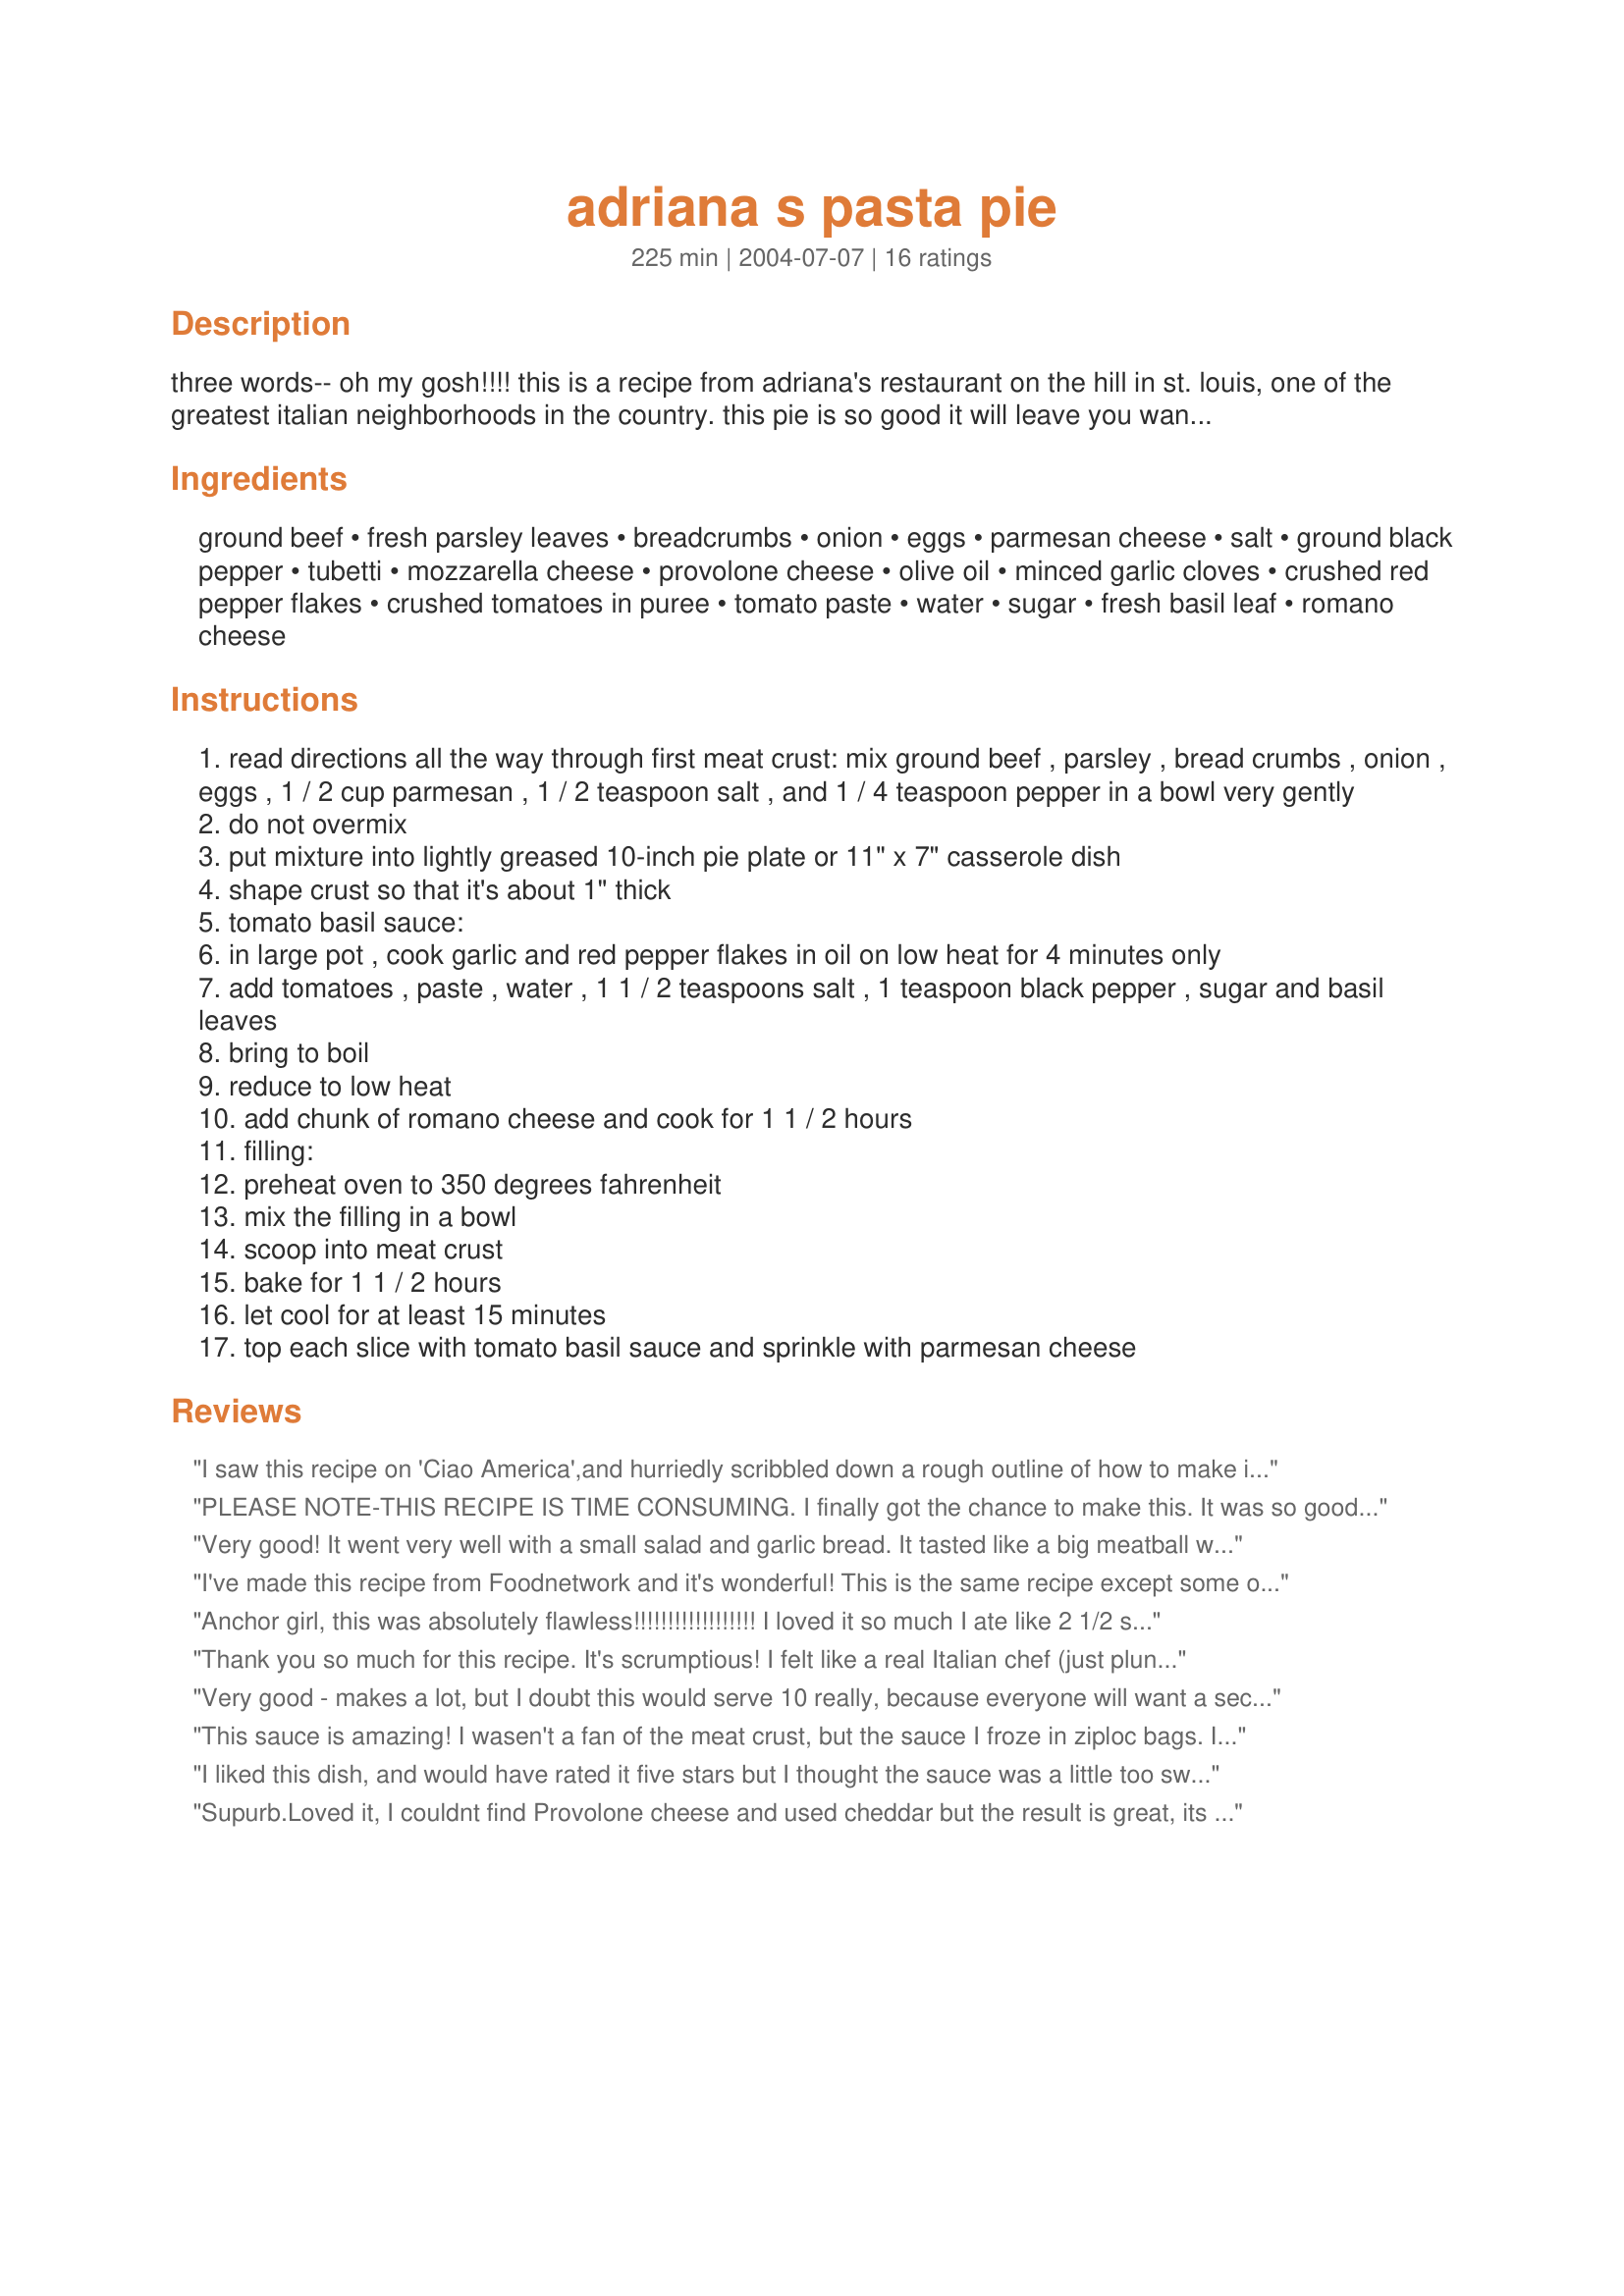
adriana s pasta pie
Preparation time: 225 minutes

three words-- oh my gosh!!!! this is a recipe from adriana's restaurant on the hill in st. louis, one of the greatest italian neighborhoods in the country. this pie is so good it will leave you wanting more, even when you're full. it makes a lot of extra sauce for you to save and use as you wish. i also make this ahead by only baking it for 15 minutes at first, then freezing it and baking it for an hour at a later time. can you say "meat crust?" you will from now on... p.s. a reviewer says the recipe also appears on foodtv.com with slight variations.

Ingredients:
ground beef, fresh parsley leaves, breadcrumbs, onion, eggs, parmesan cheese, salt, ground black pepper, tubetti, mozzarella cheese, provolone cheese, olive oil, minced garlic cloves, crushed red pepper flakes, crushed tomatoes in puree, tomato paste, water, sugar, fresh basil leaf, romano cheese

Steps:
read directions all the way through first meat crust: mix ground beef , parsley , bread crumbs , onion , eggs , 1 / 2 cup parmesan , 1 / 2 teaspoon salt , and 1 / 4 teaspoon pepper in a bowl very gently
do not overmix
put mixture into lightly greased 10-inch pie plate or 11" x 7" casserole dish
shape crust so that it's about 1" thick
tomato basil sauce:
in large pot , cook garlic and red pepper flakes in oil on low heat for 4 minutes only
add tomatoes , paste , water , 1 1 / 2 teaspoons salt , 1 teaspoon black pepper , sugar and basil leaves
bring to boil
reduce to low heat
add chunk of romano cheese and cook for 1 1 / 2 hours
filling:
preheat oven to 350 degrees fahrenheit
mix the filling in a bowl
scoop into meat crust
bake for 1 1 / 2 hours
let cool for at least 15 minutes
top each slice with tomato basil sauce and sprinkle with parmesan cheese

Reviews:
I saw this recipe on 'Ciao America',and hurriedly scribbled down a rough outline of how to make it,so I was delighted to find it posted on Zaar.I cut the recipe in half,as I feared that it would be way too much for two adults and two very small children.It made loads of sauce(so easy to make,although I recommend that you don't actually throw in a large lump of cheese-mine didn't melt very well) .Like others before me I halved the amount of sugar and it was perfect.I also added about 1/2 -1 tsp of bicarbonate of soda to the sauce to take the sting out of the tomatoes (a good trick I learnt here on Zaar). I froze the remainder of mine in little tubs,which has been so useful for a quick meal,and the children are loving it!! The pie itself is quite fantastic.I froze mine for a later date,then defrosted and baked it with no problems whatsoever.I did have to extend the cooking time though,as my crust wasn't quite cooked through.This is a GREAT recipe,and one that I will be using again and again and again....many thanks for sharing,you are a top girl!
PLEASE NOTE-THIS RECIPE IS TIME CONSUMING. I finally got the chance to make this. It was so good. I cut the sauce in half. This is one of the best tomato sauces I have ever made. My DH rarely comments on anything and he said the sauce was great. I did cut the sugar in half. It was still sweet so I may decrease it even more. I used dry parsley. I am from St. Louis and this is St. Louis pasta. I miss the good ole fattening pasta you need every once in awhile. I have very little leftovers. I will definitely make this again. The only thing I would change is to add more garlic.
Very good! It went very well with a small salad and garlic bread. It tasted like a big meatball with marinara sauce and cheesy pasta. I cut back on the sugar, and I used tiny sea shells. I made half the of the sauce recipe and still had plenty left over. I froze the remainder sauce. I also covered the pie with foil for the first half hour so the cheese and shells would not dry out and burn. Then I removed the foil for the rest of the baking time. I baked it for 1 hour and 15 minutes. I think next time I will just lower the oven temp to 325 degrees and bake it for 1 hour and 30 minutes then I won't have to cover the pasta pie. No way will this amount fit into a 10 inch pie plate! I put mine into a 13 inch pie plate and there was still plenty! I think next time I will put it into 2 pie plates, freezing one of them.
I've made this recipe from Foodnetwork and it's wonderful! This is the same recipe except some of the measurements of ingredients and cooking time have been changed. I don't know how this recipe will be affected with the changes, but the one from Foodnetwork is delicious!
Anchor girl, this was absolutely flawless!!!!!!!!!!!!!!!!!! I loved it so much I ate like 2 1/2 servings! Me and my mom made this toninght & couldn't stop eating it! We did make a coulple of changes. I accidently added the garlic to the meat crust but I still added garlic to the sauce & it was still so good! We only added 1/2 cup sugar to the sauce for fear of it being to sweet. It was almost to sweet, but just right. No way was it going to fit in our 11x7 dish so we used a much larger dish. It only cooked 1 hour 15 minutes & it was just right. There is a lot of sauce, so maybe we will put in on spaghetti or something...... ;-) Once again, thanks so much for posting, definetely a keeper! :-)
Thank you so much for this recipe. It's scrumptious! I felt like a real Italian chef (just plunking a chunk of rich provolone right in the sauce, etc.) I wish I'd read the review about covering the top, because the cheese did burn somewhat by the end of the cooktime, but just made the whole thing more rustic! One suggestion about the time of preparation--despite the caution to read the whole thing through, I didn't allow enough time (or we would have been eating at midnight!), so I cooked the sauce about 20 minutes, and spooned the 2 cups into the dish and put it in the oven. By the time the dish was done, the remainder of the sauce had slow cooked the way it was supposed to, and spooning it on top was just the heavenliest flavor. Maybe it's better with the whole time incorporated to begin with, but I can't imagine! Also, we aren't red meat eaters, so this was done with ground turkey, and still we are rapturous. Thank you!
Very good - makes a lot, but I doubt this would serve 10 really, because everyone will want a second serving!! I only made 2/3 of the tomato sauce recipe: made about 5 cups. I, too, halved the amount of sugar. The meat crust, on the other hand, could have used a touch more salt in our opinion. This does take quite a while to make, but hey, I like cooking! :-) A fabulous dish and will definitely get made again. Thank you for sharing!
This sauce is amazing! I wasen't a fan of the meat crust, but the sauce I froze in ziploc bags. I just had some with spaggetti, (added italian sausage and garlic)..I will look no further for a spaggetti sauce! Wonderfull flavor! Thanks for posting!
I liked this dish, and would have rated it five stars but I thought the sauce was a little too sweet. I will make this again and cut back to 1/2 cup sugar to see if I like it better with less sugar. I did add more minced garlic (personal preference and I used 96% lean ground beef, and added 3 tbsp milk to the meat mixture to give it some extra moisture because of the low fat content. The meat crust was AMAZING. This dish does require a lot of prep and time, but it was worth it. I made it for my husband's birthday, and he and my two-year old daughter enjoyed it very much. I will make it again and just adjust the amount of sugar for my preference. Overall, I highly recommend this dish.
Supurb.<br/>Loved it, I couldnt find Provolone cheese and used cheddar but the result is great, its the best sauce I have had outside Italy and addictive. 5star.<br/>I reduced the sauce quantities by 1/4 and there was still loads.
I have to agree with you Anchor girl OMG! The sauce was great it had so much flavor. I froze the left over to use on pasta. It was on the sweeter side and I did cut back to 1/2 cup sugar but I thought it was perfect! Great dish when it was all done. Thanks again!
Italian 'comfort food' at its' finest!!! My family totally pigged out on this. I will have to admit, though, that I had a few problems. First, the part of the recipe pertaining to the tomato-basil sauce is about halfway down the long list of ingredients and instructions. However, be forewarned that the sauce has to be cooked for 1-1/2 hours before you can even begin to put the rest together. There's lots of prep, plus another 1-1/2 hours for the assembled casserole to cook. It takes far longer than the time listed. It's a good thing we didn't have company, since we ate at 9:15. Guess that'll teach me to read more carefully... :) Actually, we should have eaten at 9:00, because the top of the casserole was slightly burned. 

The recipe, as written, needs to be 'tweaked' a little -- but the results were sensational and absolutely deserving of 5 stars! I went all-out on this one, using fresh basil and garlic and Italian parsley, San Marzano tomatoes and top-quality cheeses. It was worth the effort and the expense! Thank you, anchor girl, for sharing something so special.
The sauce is wonderful! Great recipe!
sooooooooo good !!
Turned out very good and tasty. Made this for two but we still have leftovers.
This was fantastic, despite the amount of time to prep and bake. It was worth every minute! Yes, tons of sauce, but delicious enough to freeze for later. Thanks for a great find!
